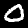
Digit: 0